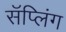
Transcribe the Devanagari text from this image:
सॅप्लिंग